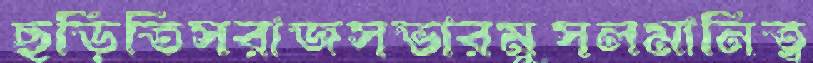
ছড়িতিসরাজসভারমুসলমানিত্ব